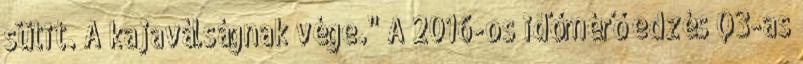
sütit. A kajaválságnak vége." A 2016-os időmérő edzés Q3-as